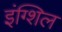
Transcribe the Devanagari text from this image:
इंग्शिल